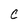
Character: C